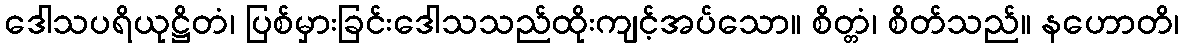
ဒေါသပရိယုဋ္ဌိတံ၊ ပြစ်မှားခြင်းဒေါသသည်ထိုးကျင့်အပ်သော။ စိတ္တံ၊ စိတ်သည်။ နဟောတိ၊